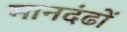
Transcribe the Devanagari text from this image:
मानदंढों